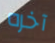
آخره